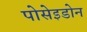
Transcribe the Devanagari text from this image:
पोसेइडोन